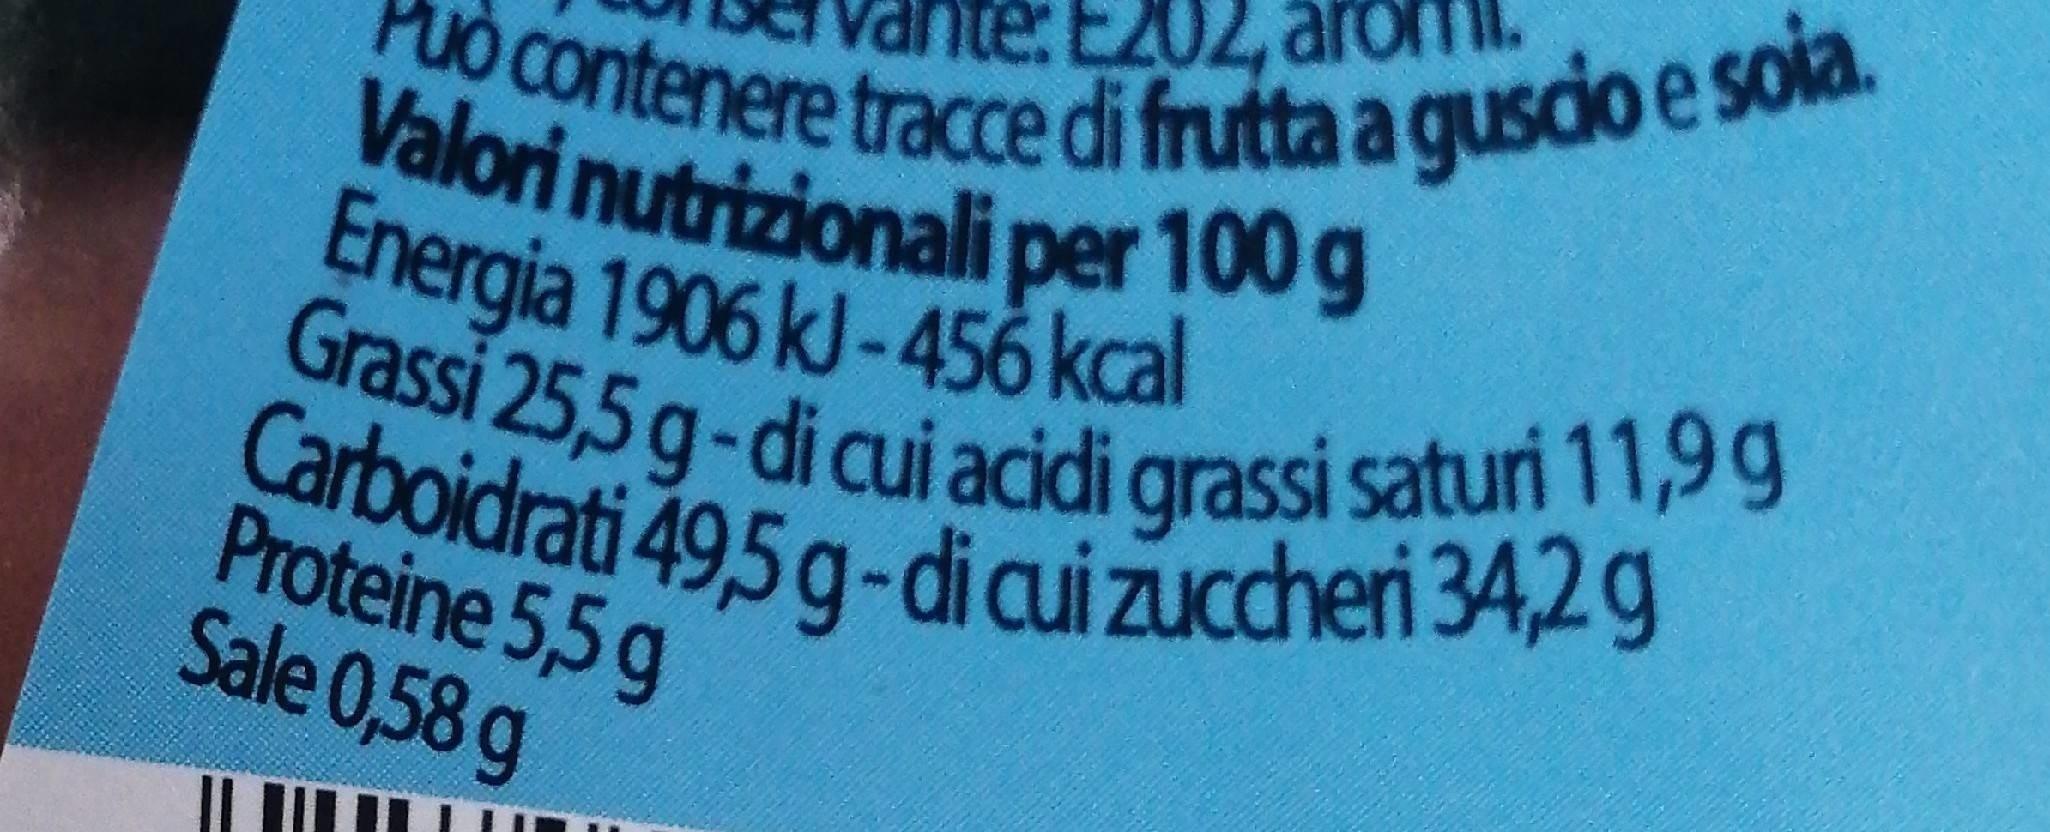
Può contenere tracce di frutta a guscio e soia. Valori nutrizionali per 100 g
E202,
Grassi 25,5g-di cui acidi grassi saturi 11,9 g Carboidrati 49,5 g-dicui zuccheri 34,2g
Energia 1906 kJ-456 kcal
Proteine 5,5 g Sale 0,58 g